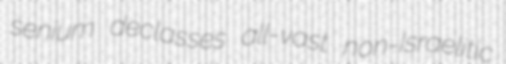
senium declasses all-vast non-Israelitic